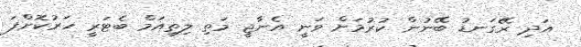
އަދި ރޭގަނޑު ބޭނުން ކުރުމަށް ވަނީ އެނާޖީ މަތި ލިތިއަމް ބެޓަރީ ހަރުކޮށްފަ